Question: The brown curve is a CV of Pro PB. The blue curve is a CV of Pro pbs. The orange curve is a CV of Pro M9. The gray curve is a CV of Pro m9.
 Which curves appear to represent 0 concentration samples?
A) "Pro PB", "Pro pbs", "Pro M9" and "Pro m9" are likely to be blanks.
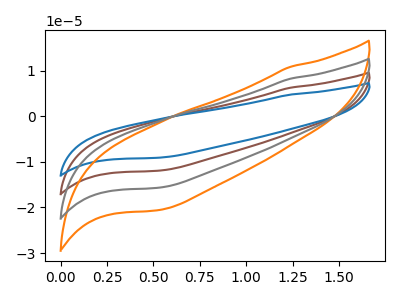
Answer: <think>The brown curve "Pro PB" has no peaks. The blue curve "Pro pbs" has no peaks. The orange curve "Pro M9" has no peaks. The gray curve "Pro m9" has no peaks.</think>
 <answer>A) "Pro PB", "Pro pbs", "Pro M9" and "Pro m9" are likely to be blanks.</answer>
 <eval>A</eval>